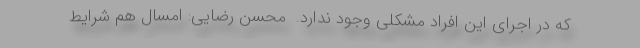
که در اجرای این افراد مشکلی وجود ندارد. ‌ محسن رضایی: امسال هم شرایط